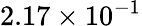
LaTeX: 2.17\times 10^{-1}